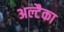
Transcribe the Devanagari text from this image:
अल्टैका